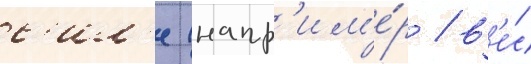
с'ил'е (напр'им'е́р / в'е́с